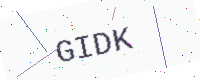
Text: GIDK